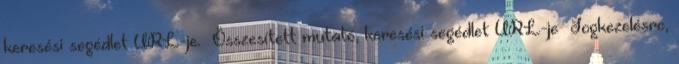
keresési segédlet URL-je. Összesített mutató, keresési segédlet URL-je Jogkezelésre,